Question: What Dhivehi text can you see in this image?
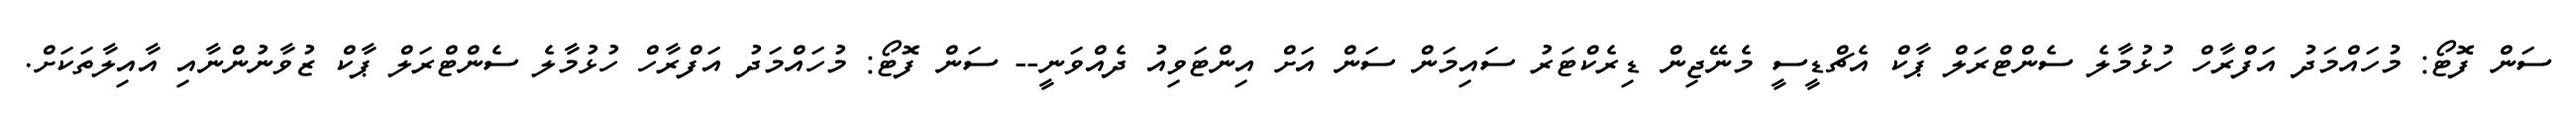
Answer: ސަން ފޮޓޯ: މުހައްމަދު އަފްރާހް ހުޅުމާލެ ސެންޓްރަލް ޕާކް އެޗްޑީސީ މެނޭޖިން ޑިރެކްޓަރު ސައިމަން ސަން އަށް އިންޓަވިއު ދެއްވަނީ-- ސަން ފޮޓޯ: މުހައްމަދު އަފްރާހް ހުޅުމާލެ ސެންޓްރަލް ޕާކް ޒުވާނުންނާއި އާއިލާތަކަށް.